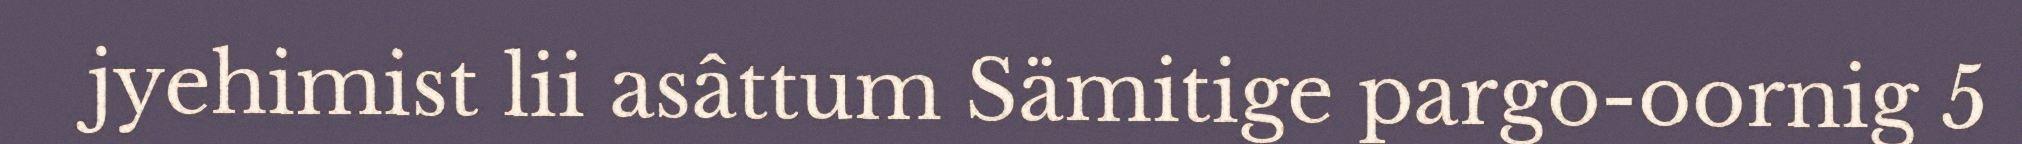
jyehimist lii asâttum Sämitige pargo-oornig 5